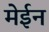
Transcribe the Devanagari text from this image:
मेईन